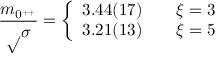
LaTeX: { \frac { m _ { 0 ^ { + + } } } { \surd \sigma } } = \left\{ \begin{array} { l l } { { 3 . 4 4 ( 1 7 ) } } & { { \ \ \ \xi = 3 } } \\ { { 3 . 2 1 ( 1 3 ) } } & { { \ \ \ \xi = 5 } } \end{array} \right.